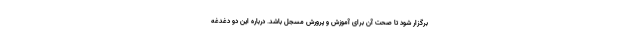
برگزار شود تا صحت آن برای آموزش و پرورش مسجل باشد. درباره این دو دغدغه